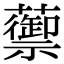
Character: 蘌